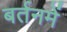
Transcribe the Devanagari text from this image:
बर्तनमें